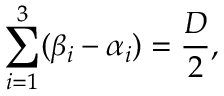
\sum _ { i = 1 } ^ { 3 } ( \beta _ { i } - \alpha _ { i } ) = \frac { D } { 2 } ,